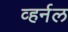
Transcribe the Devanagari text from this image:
व्हर्नल